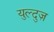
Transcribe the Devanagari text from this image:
युल्दुज़